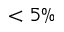
< 5 \%